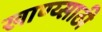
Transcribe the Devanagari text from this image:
खाण्य्साठी